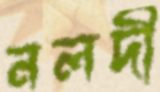
নলদী